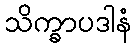
သိက္ခာပဒါနံ